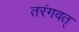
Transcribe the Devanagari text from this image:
तरंगवत्